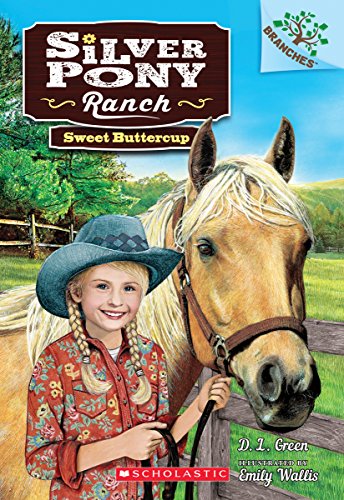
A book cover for Sweet Buttercup: A Branches Book (Silver Pony Ranch #2); D.L. Green; Children's Books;